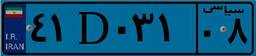
۴۱D۰۳۱۰۸